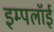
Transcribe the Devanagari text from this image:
इम्पलॉई